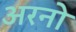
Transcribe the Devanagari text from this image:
अरनो